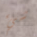
شيء